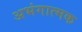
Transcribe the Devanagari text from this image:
अभंगात्मक